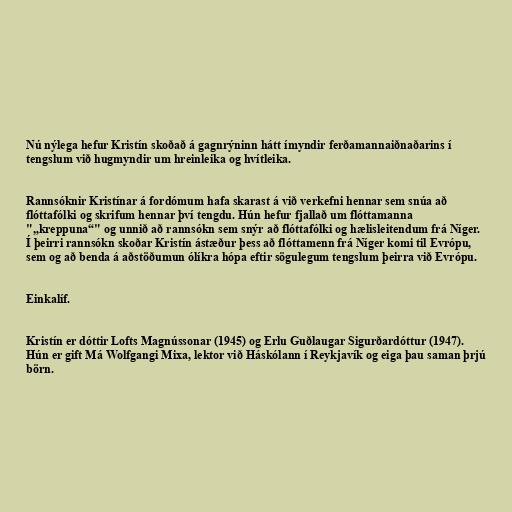
Nú nýlega hefur Kristín skoðað á gagnrýninn hátt ímyndir ferðamannaiðnaðarins í
tengslum við hugmyndir um hreinleika og hvítleika.

Rannsóknir Kristínar á fordómum hafa skarast á við verkefni hennar sem snúa að
flóttafólki og skrifum hennar því tengdu. Hún hefur fjallað um flóttamanna
"„kreppuna“" og unnið að rannsókn sem snýr að flóttafólki og hælisleitendum frá Níger.
Í þeirri rannsókn skoðar Kristín ástæður þess að flóttamenn frá Níger komi til Evrópu,
sem og að benda á aðstöðumun ólíkra hópa eftir sögulegum tengslum þeirra við Evrópu.

Einkalíf.

Kristín er dóttir Lofts Magnússonar (1945) og Erlu Guðlaugar Sigurðardóttur (1947).
Hún er gift Má Wolfgangi Mixa, lektor við Háskólann í Reykjavík og eiga þau saman þrjú
börn.